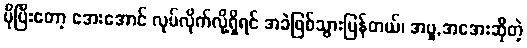
ပိုပြီးတော့ အေးအောင် လုပ်လိုက်လို့ရှိရင် အခဲဖြစ်သွားပြန်တယ်၊ အပူ,အအေးဆိုတဲ့